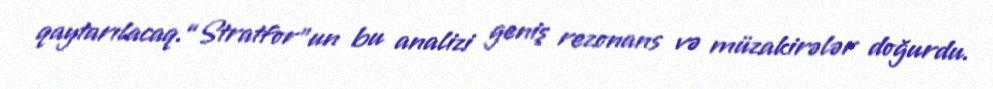
qaytarılacaq.“Stratfor”un bu analizi geniş rezonans və müzakirələr doğurdu.